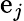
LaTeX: \mathrm{e}_{j}